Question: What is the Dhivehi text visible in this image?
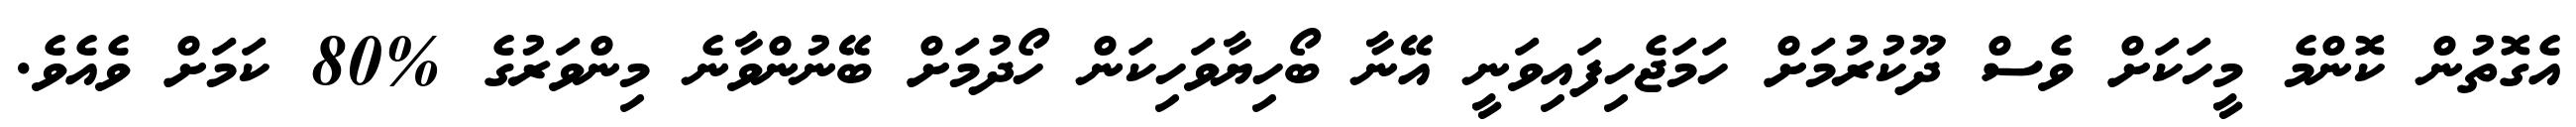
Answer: އެގޮތުން ކޮންމެ މީހަކަށް ވެސް ދޫކުރުމަށް ހަމަޖެހިފައިވަނީ އޭނާ ބޯހިޔާވަހިކަން ހޯދުމަށް ބޭނުންވާނެ މިންވަރުގެ %80 ކަމަށް ވެއެވެ.